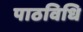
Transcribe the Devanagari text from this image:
पाठविधि